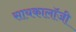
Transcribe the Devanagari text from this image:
सायकालॉजी